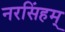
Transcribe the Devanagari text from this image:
नरसिंहम्